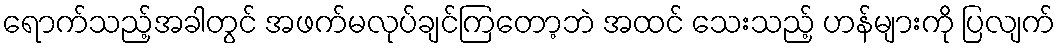
ရောက်သည့်အခါတွင် အဖက်မလုပ်ချင်ကြတော့ဘဲ အထင် သေးသည့် ဟန်များကို ပြလျက်